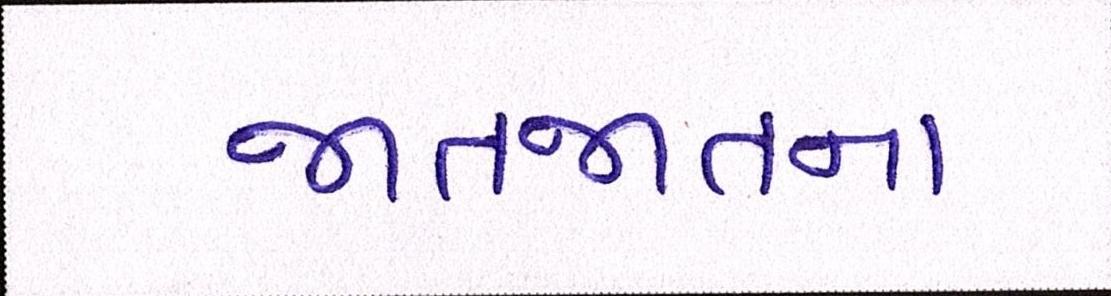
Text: જાતજાતના